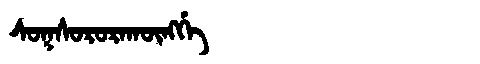
Manchu: ᠰᠣᡴᠰᠣᡵᠣᡵᠠᡴᡡᠩᡤᡝ
Romanization: SOKSORORAKŪNGGE